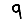
Digit: 9